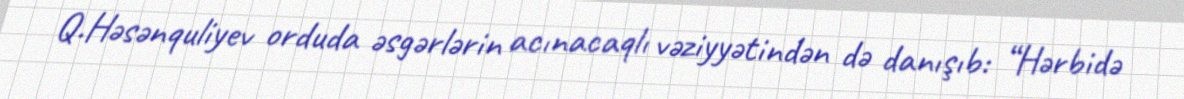
Q.Həsənquliyev orduda əsgərlərin acınacaqlı vəziyyətindən də danışıb: “Hərbidə